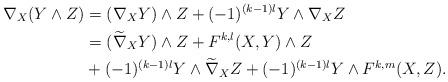
LaTeX: \begin{align*}\nabla_X(Y\wedge Z)&=(\nabla_X Y)\wedge Z+(-1)^{(k-1)l}Y\wedge\nabla_X Z\\&=(\widetilde{\nabla}_X Y)\wedge Z+F^{k,l}(X,Y)\wedge Z\\&+(-1)^{(k-1)l}Y\wedge \widetilde{\nabla}_XZ+(-1)^{(k-1)l}Y\wedge F^{k,m}(X,Z).\end{align*}